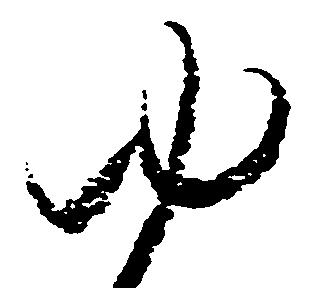
ゆ